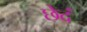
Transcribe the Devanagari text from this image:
छेदं